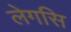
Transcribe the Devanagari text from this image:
लेगसि